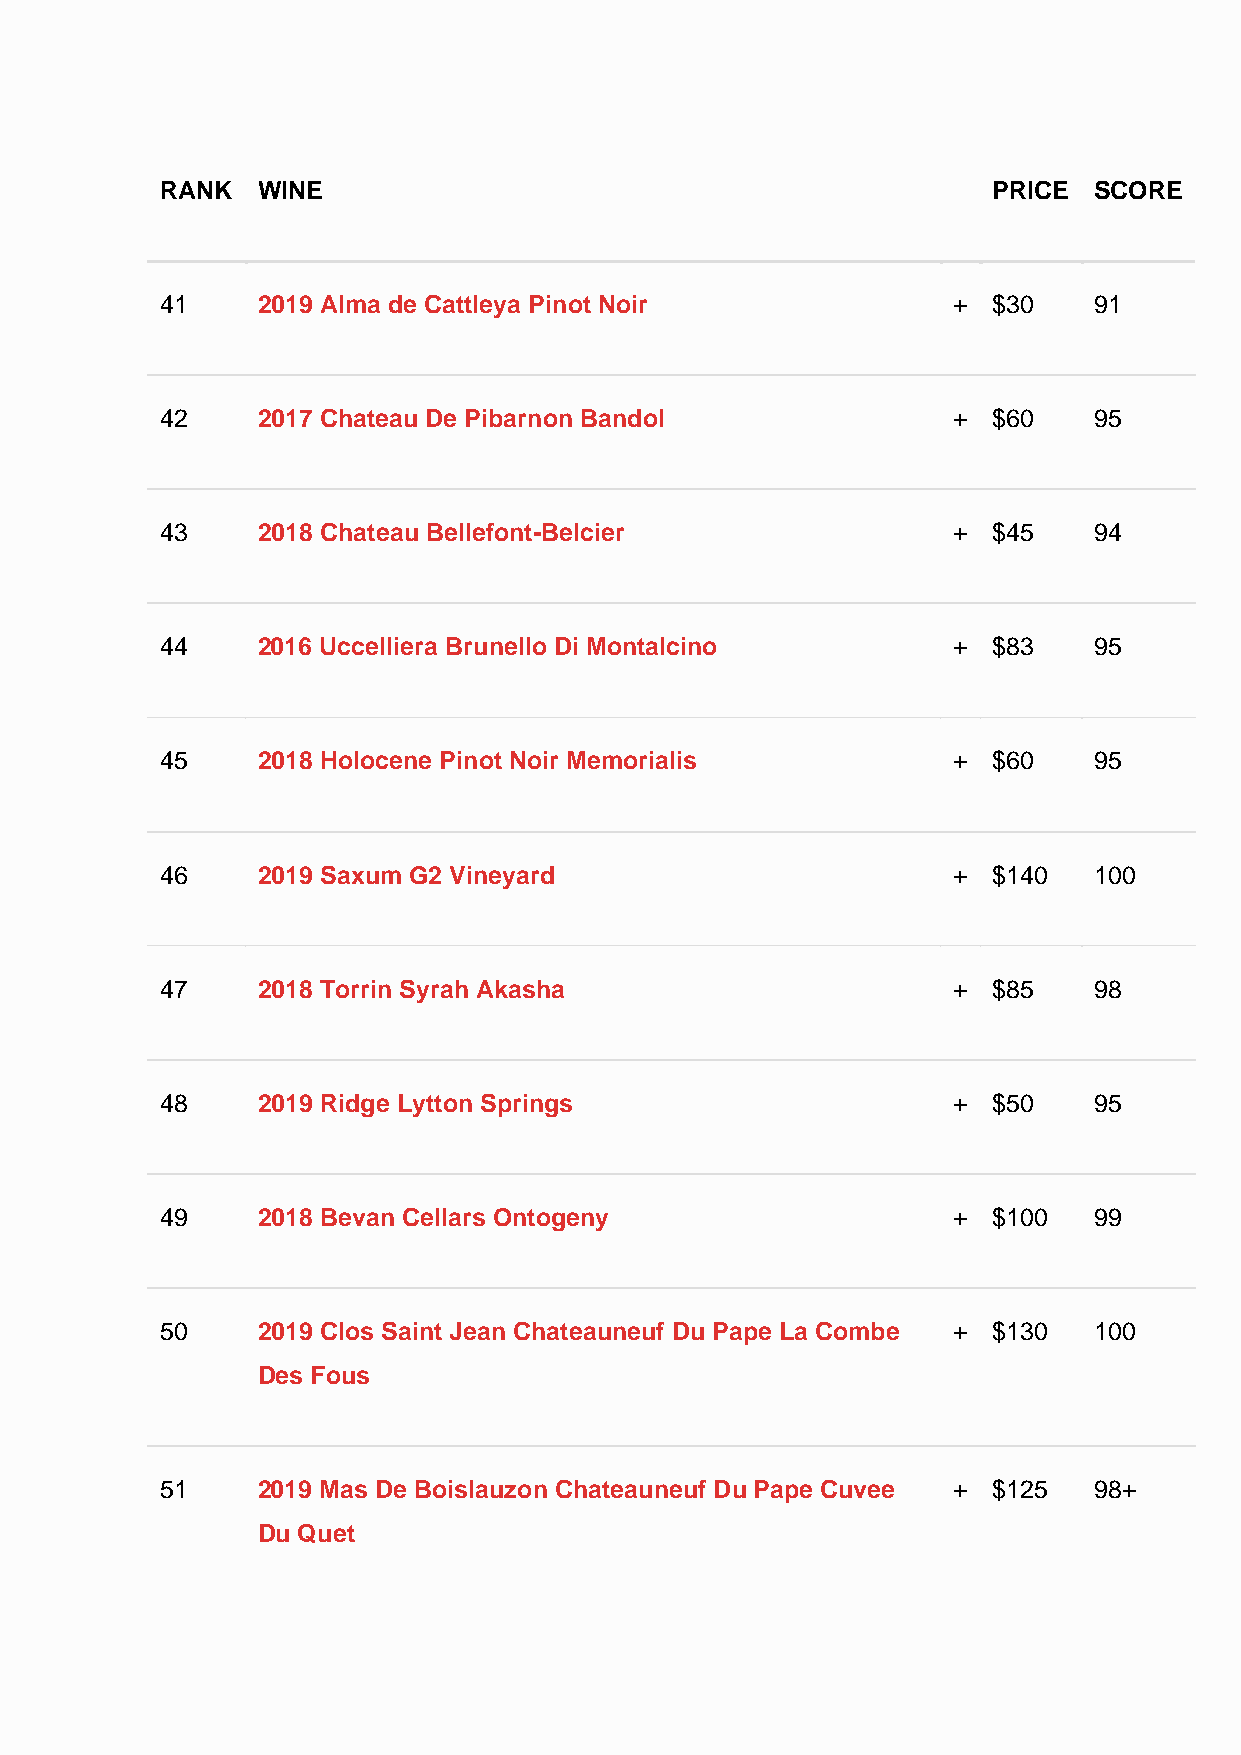
RANK  WINE                                             PRICE SCORE
 41    2019 Alma de Cattleya Pinot Noir              +  $30   91
 42    2017 Chateau De Pibarnon Bandol               +  $60   95
 43    2018 Chateau Bellefont-Belcier                +  $45   94
 44    2016 Uccelliera Brunello Di Montalcino        +  $83   95
 45    2018 Holocene Pinot Noir Memorialis           +  $60   95
 46    2019 Saxum G2 Vineyard                        +  $140  100
 47    2018 Torrin Syrah Akasha                      +  $85   98
 48    2019 Ridge Lytton Springs                     +  $50   95
 49    2018 Bevan Cellars Ontogeny                   +  $100  99
 50    2019 Clos Saint Jean Chateauneuf Du Pape La Combe + $130 100
 Des Fous
 51    2019 Mas De Boislauzon Chateauneuf Du Pape Cuvee + $125 98+
 Du Quet